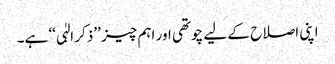
اپنی اصلاح کے لیے چوتھی اور اہم چیز ’’ذکر الہٰی‘‘ ہے۔